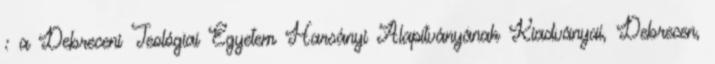
: a Debreceni Teológiai Egyetem Harsányi Alapítványának Kiadványai, Debrecen,